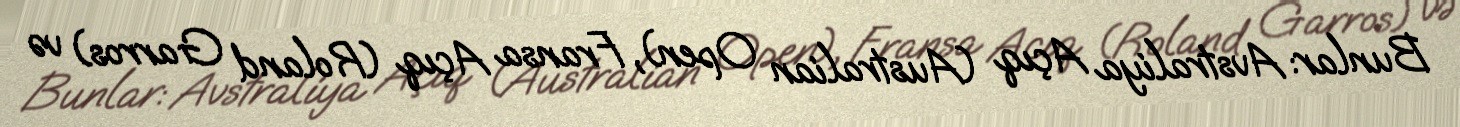
Bunlar: Avstraliya Açıq (Australian Open), Fransa Açıq (Roland Garros) və